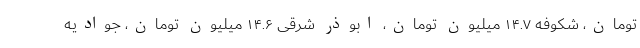
تومان، شکوفه ۱۴.۷ میلیون تومان، ابوذر شرقی ۱۴.۶ میلیون تومان، جوادیه